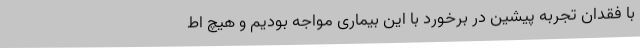
با فقدان تجربه پیشین در برخورد با این بیماری مواجه بودیم و هیچ اط